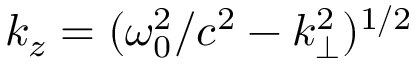
k _ { z } = ( \omega _ { 0 } ^ { 2 } / c ^ { 2 } - k _ { \perp } ^ { 2 } ) ^ { 1 / 2 }